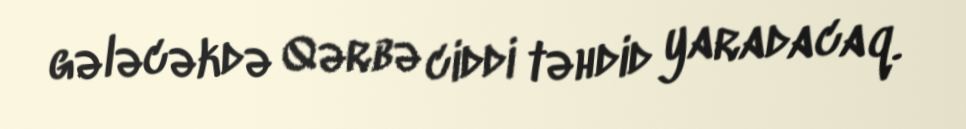
gələcəkdə Qərbə ciddi təhdid yaradacaq.